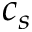
c _ { s }